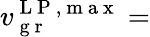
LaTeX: v_{\mathrm{~g~r~}}^{\mathrm{~L~P~,~m~a~x~}}=